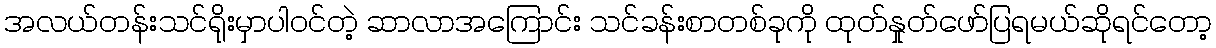
အလယ်တန်းသင်ရိုးမှာပါဝင်တဲ့ ဆာလာအကြောင်း သင်ခန်းစာတစ်ခုကို ထုတ်နှုတ်ဖော်ပြရမယ်ဆိုရင်တော့